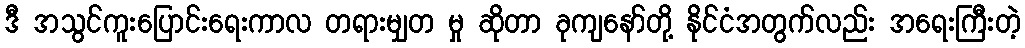
ဒီ အသွင်ကူးပြောင်းရေးကာလ တရားမျှတ မှု ဆိုတာ ခုကျနော်တို့ နိုင်ငံအတွက်လည်း အရေးကြီးတဲ့